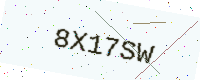
Text: 8X17SW